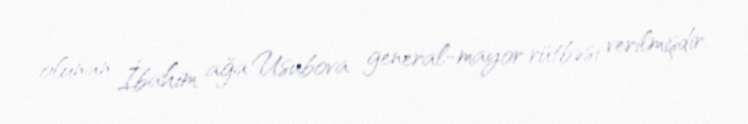
olunan İbahim ağa Usubova general-mayor rütbəsi verilmişdir.